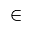
\in